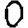
Digit: 0